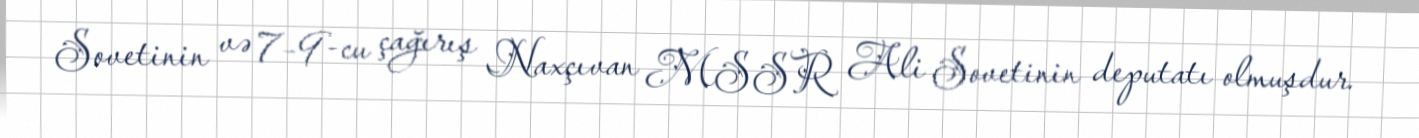
Sovetinin və 7–9-cu çağırış Naxçıvan MSSR Ali Sovetinin deputatı olmuşdur.